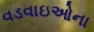
વડવાઇઓના